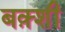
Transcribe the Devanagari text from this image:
बक़्शी